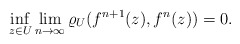
\begin{align*}\inf_{z\in U}\lim_{n\to\infty} \varrho_U(f^{n+1}(z), f^n(z)) =0. \end{align*}